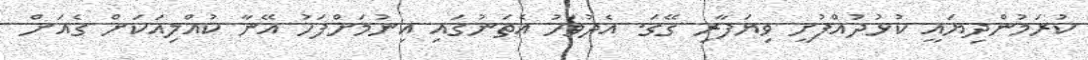
ކުރަމުންދިޔައީ ކުޅުދުއްފުށީ ވިޔަފާރި ގޭގަ. އެދުވަހު އެތަނުގައި އިނުމަށްފަހު އޭނާ ކުއްލިއަކަށް ގެއަށް